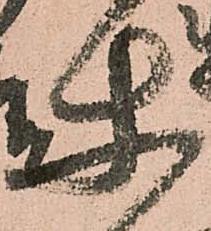
使